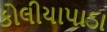
કોલીયાપાડા